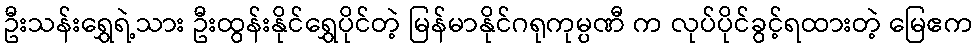
ဦးသန်းရွှေရဲ့သား ဦးထွန်းနိုင်ရွှေပိုင်တဲ့ မြန်မာနိုင်ဂရုကုမ္ပဏီ က လုပ်ပိုင်ခွင့်ရထားတဲ့ မြေဧက